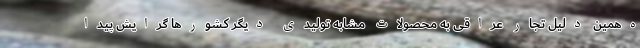
ه‌همین دلیل تجار عراقی به محصولات مشابه تولیدی دیگر کشورها گرایش پیدا